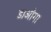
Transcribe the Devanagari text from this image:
डाओगा